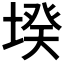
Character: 𡎝